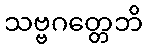
သဗ္ဗဂတ္တေဘိ